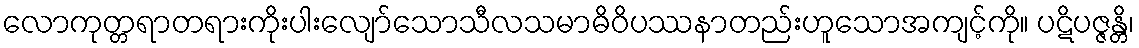
လောကုတ္တရာတရားကိုးပါးလျော်သောသီလသမာဓိဝိပဿနာတည်းဟူသောအကျင့်ကို။ ပဋိပဇ္ဇန္တိ၊